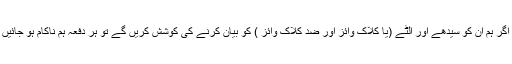
لیکن اگر ہم ان کو سیدھے اور الٹے (یا کلاک وائز اور ضد کلاک وائز ) کو بیان کرنے کی کوشش کریں گے تو ہر دفعہ ہم ناکام ہو جائیں گے۔